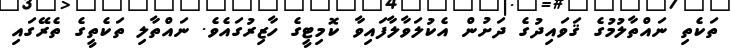
ތަކެތި ނައްތާލުމުގެ ޤަވައިދުގެ ދަށުން އެކުލަވާލާފައިވާ ކޮމިޓީގެ ހާޒިރުގައެވެ. ނައްތާލި ތަކެތީގެ ތެރޭގައި